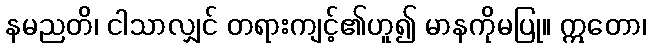
နမညတိ၊ ငါသာလျှင် တရားကျင့်၏ဟူ၍ မာနကိုမပြု။ ဣတော၊